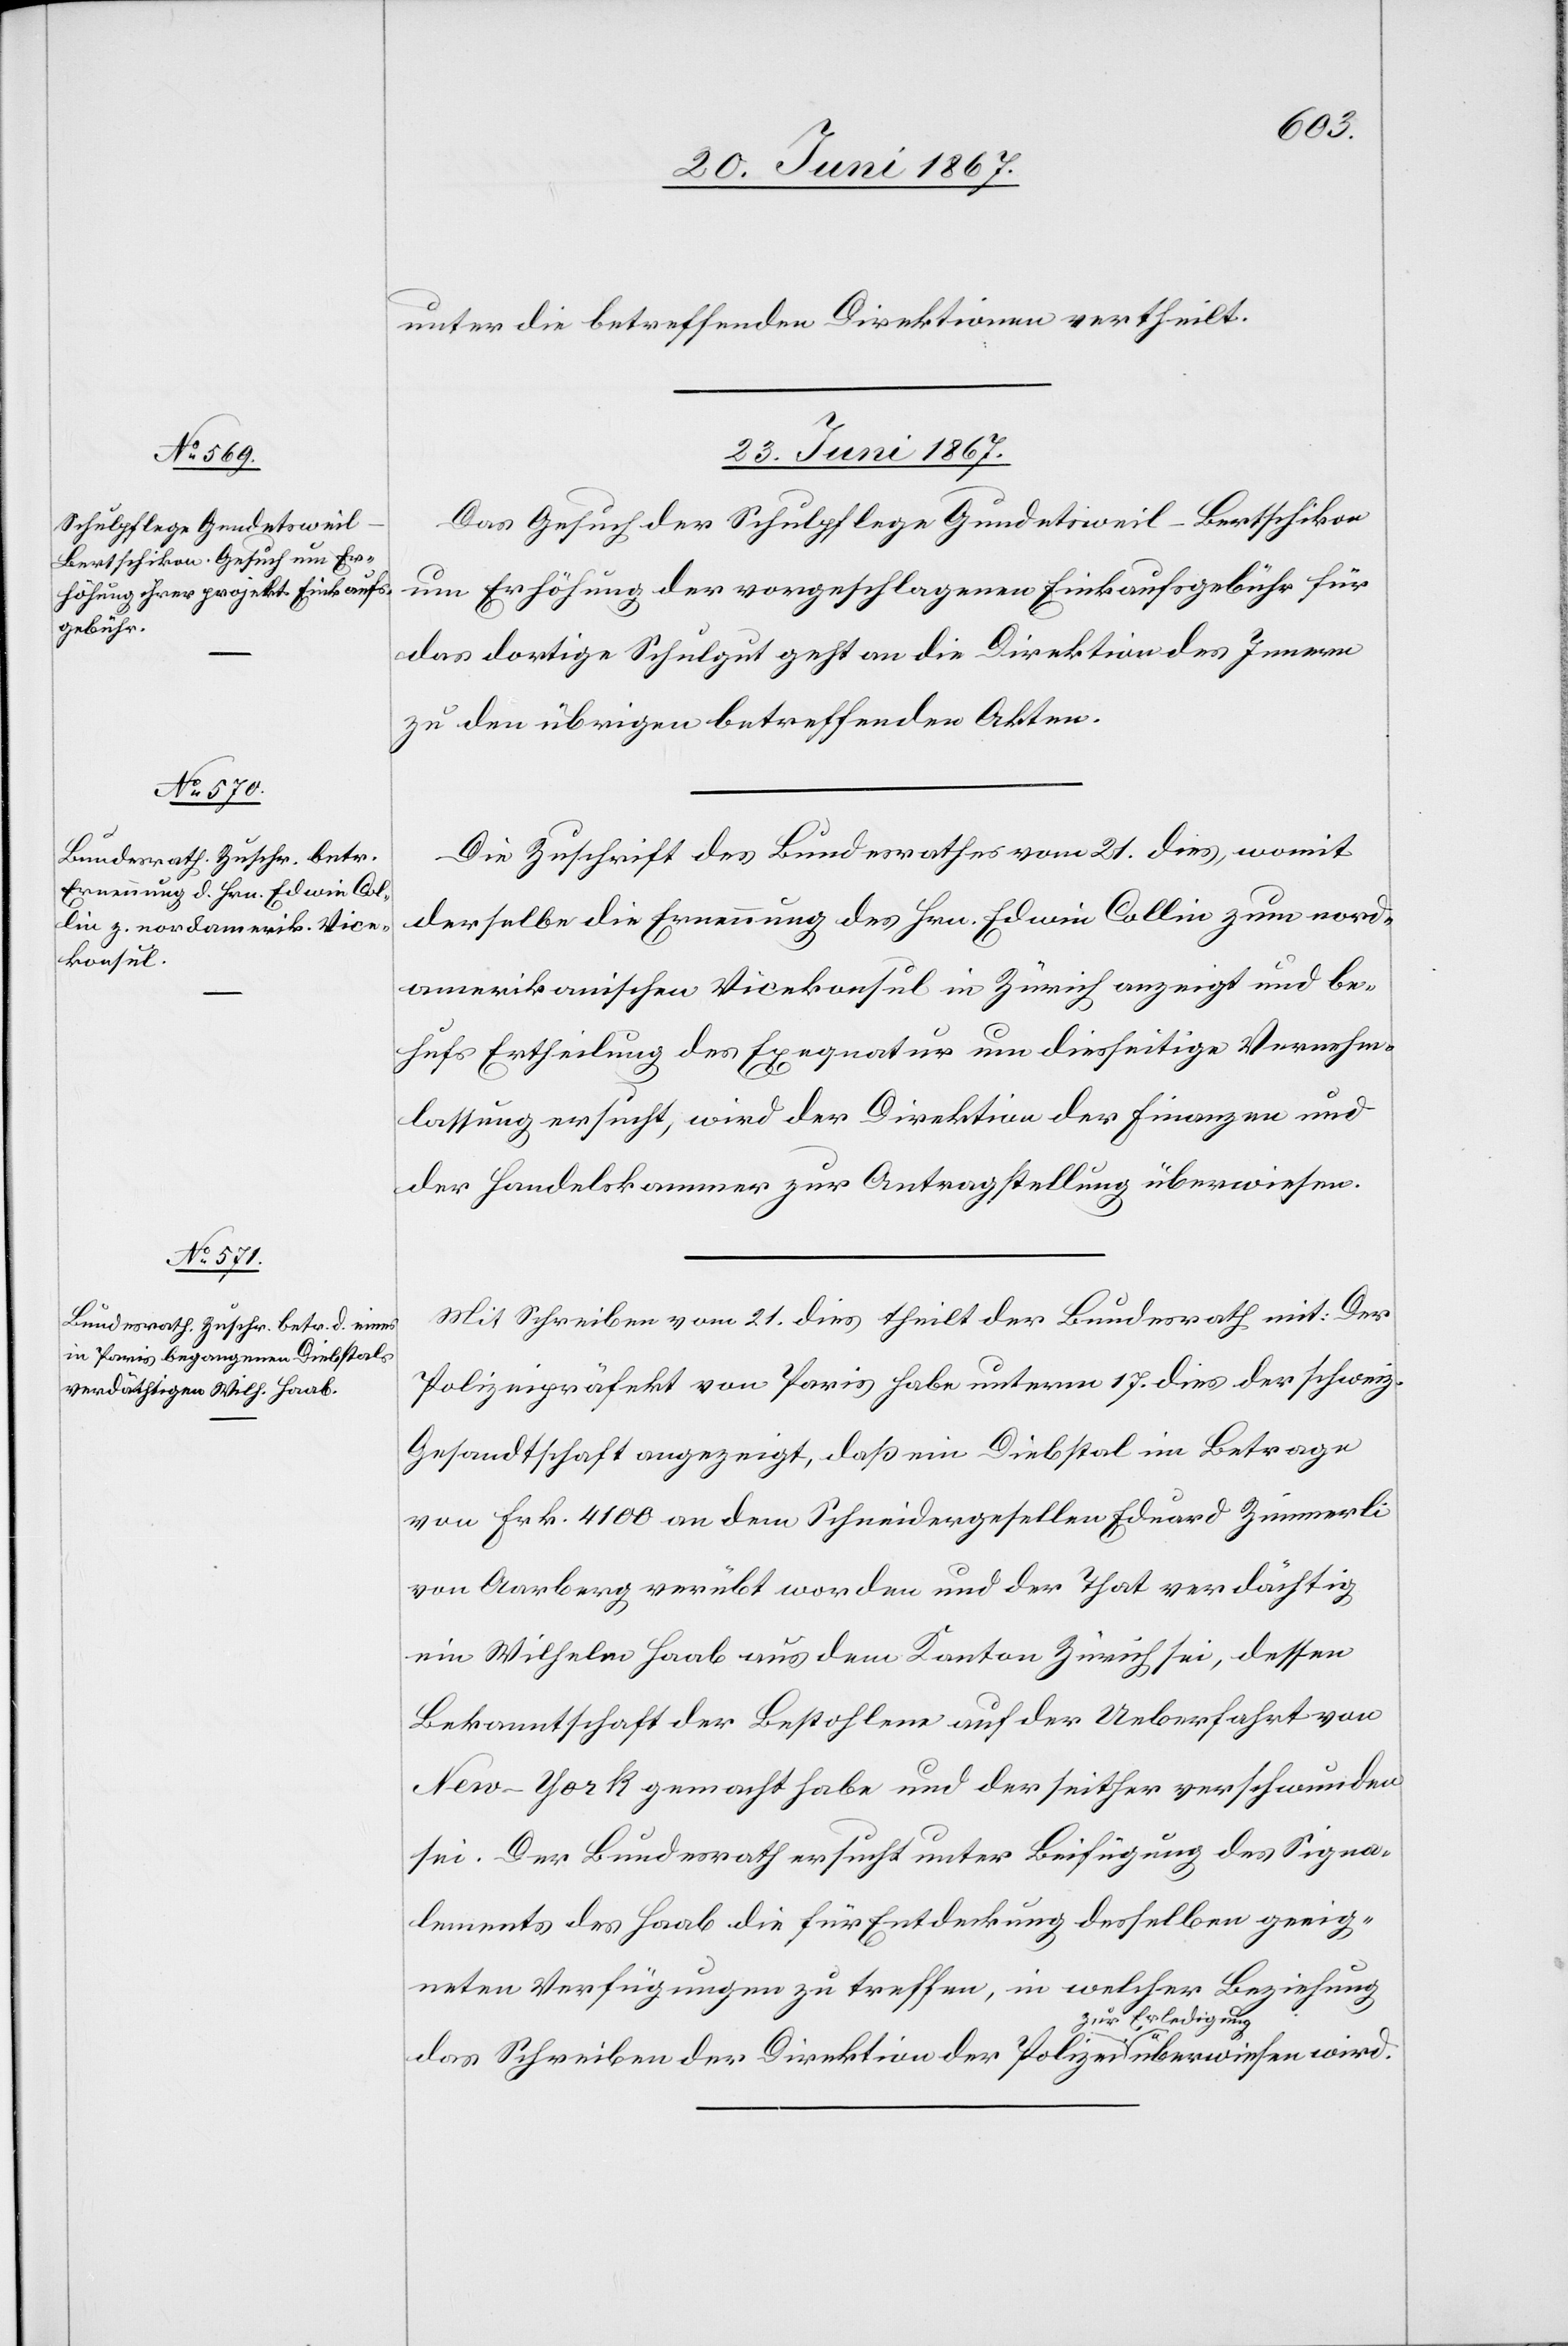
wird.
unter die betreffenden Direktionen vertheilt.
23. Juni 1867.]
Das Gesuch der Schulpflege Gundetsweil-Bertschikon
um Erhöhung der vorgeschlagenen Einkaufsgebühr für
das dortige Schulgut geht an die Direktion des Innern
zu den übrigen betreffenden Akten.
Die Zuschrift des Bundesrathes vom 21. dies, womit
derselbe die Ernennung des Hrn. Edwin Collin zum nord¬
amerikanischen Vicekonsul in Zürich anzeigt und be¬
hufs Ertheilung des Exequatur um diesseitige Vernehm¬
lassung ersucht, wird der Direktion der Finanzen und
der Handelskammer zur Antragstellung überwiesen.
Mit Schreiben vom 21. dies theilt der Bundesrath mit: Der
Polizeipräsident von Paris habe unterm 17. dies der schweiz.
Gesandtschaft angezeigt, daß ein Diebstal im Betrage
von Frk. 4100 an dem Schneidergesellen Eduard Zimmerli
von Aarberg verübt worden und der That verdächtig
ein Wilhelm Haab aus dem Kanton Zürich sei, dessen
Bekanntschaft der Bestohlene auf der Ueberfahrt von
New-York gemacht habe und der seither verschwunden
sei. Der Bundesrath ersucht unter Beifügung des Signa¬
lements des Haab die für Entdeckung desselben geeig¬
neten Verfügungen zu treffen, in welcher Beziehung
das Schreiben der Direktion der Polizei zur Erledigung über¬